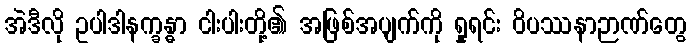
အဲဒီလို ဥပါဒါနက္ခန္ဓာ ငါးပါးတို့၏ အဖြစ်အပျက်ကို ရှုရင်း ဝိပဿနာဉာဏ်တွေ